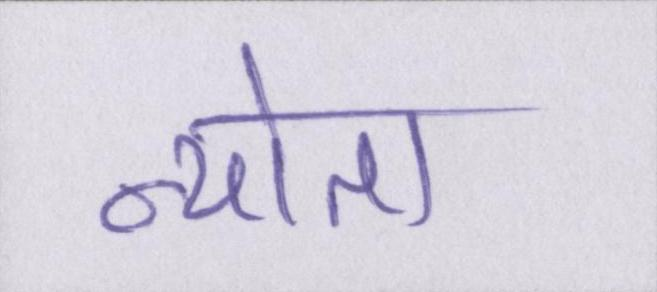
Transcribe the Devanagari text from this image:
न्योता